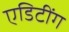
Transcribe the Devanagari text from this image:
एडिटींग